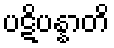
ပဋိပန္နာတိ